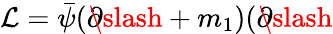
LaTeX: {\cal L}=\bar{\psi}(\partial\! \! \! \slash+m_{1})(\partial\! \! \! \slash